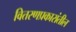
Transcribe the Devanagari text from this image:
वितरणप्रकारांतील